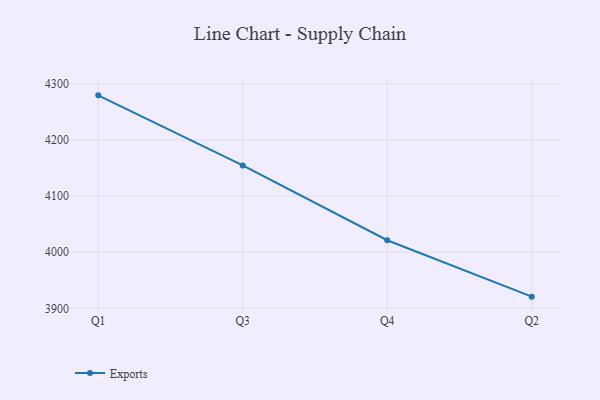
{"axis": {"x": "Quarter", "y": "Inventory Turnover"}, "legend": ["Exports"], "data": [{"x": "Q1", "y": 4279.2, "type": "Exports"}, {"x": "Q3", "y": 4154.4, "type": "Exports"}, {"x": "Q4", "y": 4021.2, "type": "Exports"}, {"x": "Q2", "y": 3920.8, "type": "Exports"}]}